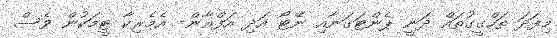
މިފަދަ ތަހްގީގުތައް ދަނީ ޕެންޓަގަނާއި ނޭޓޯ އަދި އަފްޣާން- އެމެރިކާ ޓީމަކުން ވެސް